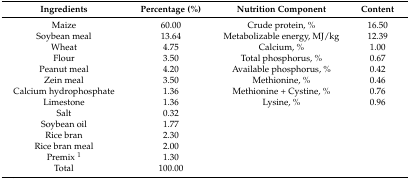
<table><thead><tr><td><b>Ingredients</b></td><td><b>Percentage (%)</b></td><td><b>Nutrition Component</b></td><td><b>Content</b></td></tr></thead><tbody><tr><td>Maize</td><td>60.00</td><td>Crude protein, %</td><td>16.50</td></tr><tr><td>Soybean meal</td><td>13.64</td><td>Metabolizable energy, MJ/kg</td><td>12.39</td></tr><tr><td>Wheat</td><td>4.75</td><td>Calcium, %</td><td>1.00</td></tr><tr><td>Flour</td><td>3.50</td><td>Total phosphorus, %</td><td>0.67</td></tr><tr><td>Peanut meal</td><td>4.20</td><td>Available phosphorus, %</td><td>0.42</td></tr><tr><td>Zein meal</td><td>3.50</td><td>Methionine, %</td><td>0.46</td></tr><tr><td>Calcium hydrophosphate</td><td>1.36</td><td>Methionine + Cystine, %</td><td>0.76</td></tr><tr><td>Limestone</td><td>1.36</td><td>Lysine, %</td><td>0.96</td></tr><tr><td>Salt</td><td>0.32</td><td></td><td></td></tr><tr><td>Soybean oil</td><td>1.77</td><td></td><td></td></tr><tr><td>Rice bran</td><td>2.30</td><td></td><td></td></tr><tr><td>Rice bran meal</td><td>2.00</td><td></td><td></td></tr><tr><td>Premix <sup>1</sup></td><td>1.30</td><td></td><td></td></tr><tr><td>Total</td><td>100.00</td><td></td><td></td></tr></tbody></table>